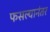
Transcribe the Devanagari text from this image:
फसल्यानंतर